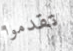
تقدموا